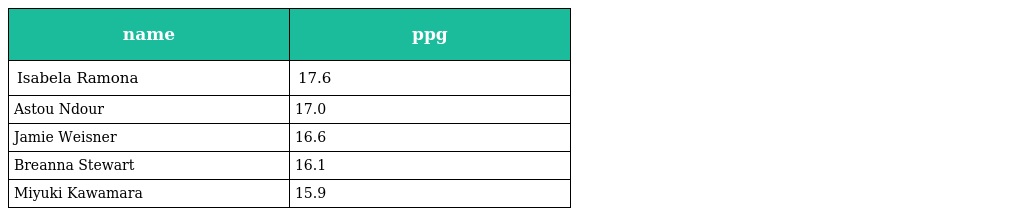
| name | ppg |
 | --- | --- |
 | Isabela Ramona | 17.6 |
 | Astou Ndour | 17.0 |
 | Jamie Weisner | 16.6 |
 | Breanna Stewart | 16.1 |
 | Miyuki Kawamara | 15.9 |